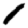
Digit: 1